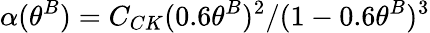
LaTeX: \alpha(\theta^{B})=C_{CK}(0.6\theta^{B})^{2}/(1-0.6\theta^{B})^{3}